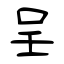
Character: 呈